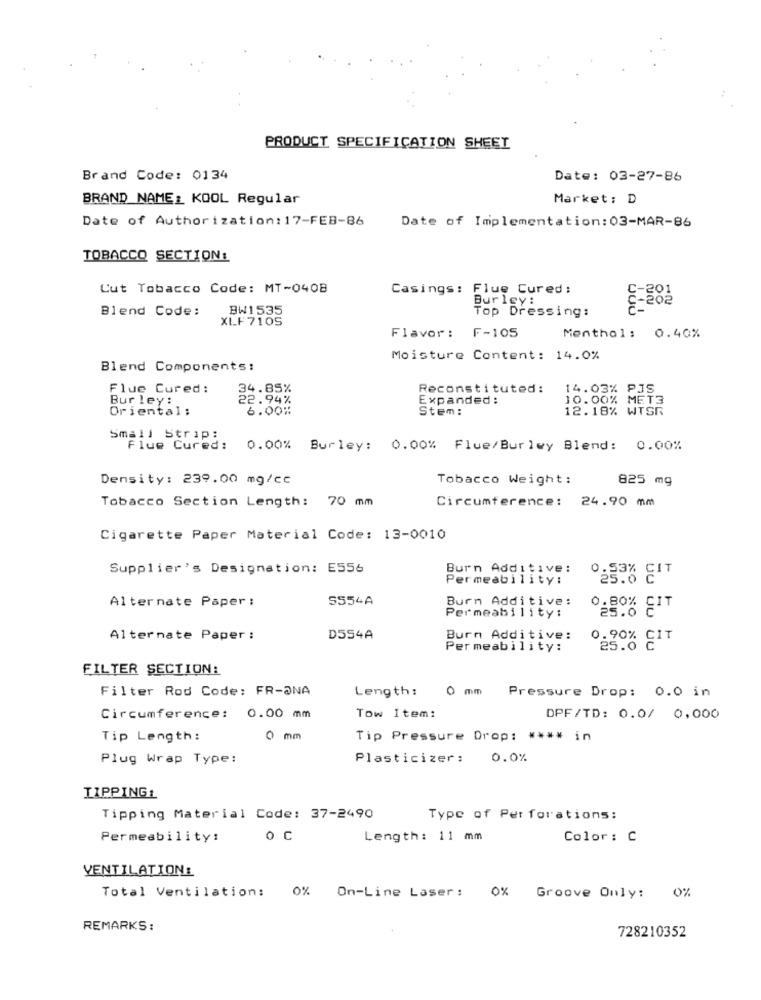
PRODUCT SPECIFICATION SHEET
Brand Code: 0134
Date: 03-27-86
BRAND NAME_ KOOL Regular
Market: D
Date of Authorization: 17-FEB-86
Date of Implementation: 03-MAR-86
TOBACCO SECTION:
Cut Tobacco Code: MT-0408
Casings: Flue Cured:
Bur ley:
5-201
Blend Code:
BW1535
Top Dressing:
XLF 7105
Flavor: F-105
Menthol: 0.40%
Moisture Content: 14.0%
Blend Components:
Flue Cured:
34.85%
Reconstituted:
14.03% PJS
Bur ley:
22.94%
Expanded:
10.00% MET3
Oriental:
6.00%
Stem:
12.18% WTSR
Small Strip:
Flue Cured:
0.00% Burley: 0.00% Flue/Burley Blend: 0.00%
Density: 239.00 mg/cc
Tobacco Weight:
825 mg
Tobacco Section Length: 70 mm
Circumference: 24.90 mm
Cigarette Paper Material Code: 13-0010
Supplier's Designation: E556
Burn Additive:
Permeability:
0.53% CIT
Alternate Paper :
S554A
Burn Additive:
0.80% CIT
25.6
Permeability:
Alternate Paper :
D554A
Burn Additive:
0.90% CIT
Permeability:
25.0
FILTER SECTION:
Filter Rod Code: FR-ONA
Length:
0 mm
Pressure Drop: 0.0 in
Circumference: 0.00 mm
Tow Item:
DPF/TD: 0.0/ 0,000
Tip Length:
0 mm
Tip Pressure Drop: **** in
Plug Wrap Type:
Plasticizer:
0.0%
TIPPINGL
Tipping Material Code: 37-2490
Type of Perforations:
Permeability!
o C
Length: 11 mm
Color : C
VENTILATION:
Total Ventilation: 0% On-Line Laser: 0% Groove Only: 0%
REMARKS:
728210352